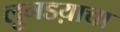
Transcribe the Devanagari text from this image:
लुगडय़ाचा